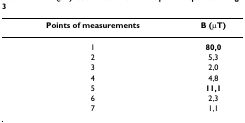
| Points of measurements | B (μT) |
 | --- | --- |
 | 1 | 80,0 |
 | 2 | 5,3 |
 | 3 | 2,0 |
 | 4 | 4,8 |
 | 5 | 11,1 |
 | 6 | 2,3 |
 | 7 | 1,1 |